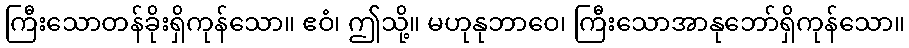
ကြီးသောတန်ခိုးရှိကုန်သော။ ဧဝံ၊ ဤသို့။ မဟုနုဘာဝေ၊ ကြီးသောအာနုဘော်ရှိကုန်သော။